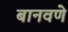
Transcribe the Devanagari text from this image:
बानवणे